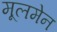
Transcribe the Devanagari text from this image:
मूलमेन